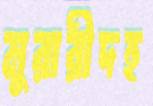
মুরারীদহ